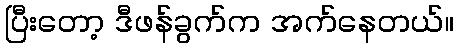
ပြီးတော့ ဒီဖန်ခွက်က အက်နေတယ်။